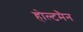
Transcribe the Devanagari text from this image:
होल्टमैन